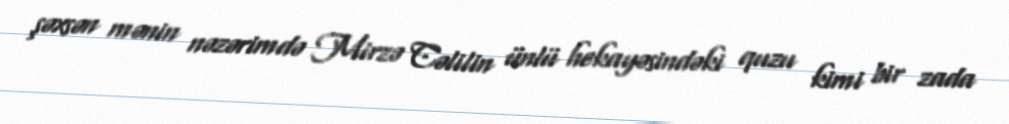
şəxsən mənin nəzərimdə Mirzə Cəlilin ünlü hekayəsindəki quzu kimi bir zada